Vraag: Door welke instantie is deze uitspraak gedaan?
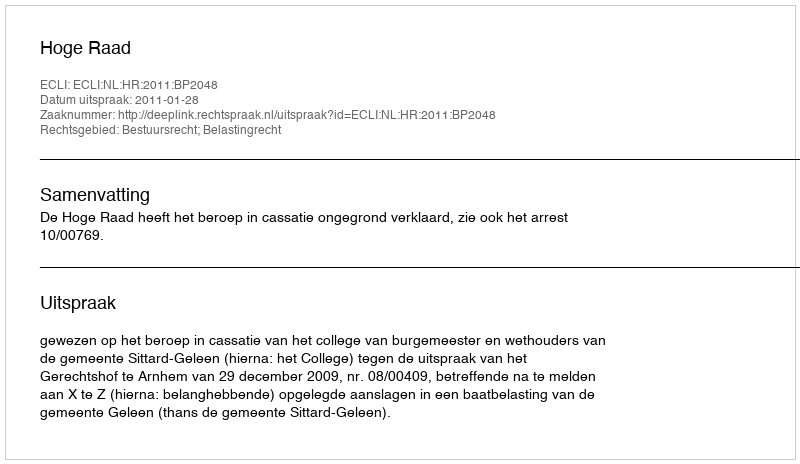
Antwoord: Hoge Raad